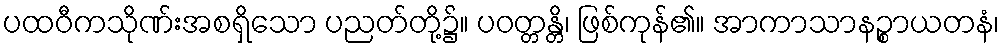
ပထဝီကသိုဏ်းအစရှိသော ပညတ်တို့၌။ ပဝတ္တန္တိ၊ ဖြစ်ကုန်၏။ အာကာသာနဉ္စာယတနံ၊